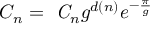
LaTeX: C _ { n } = \mathrm { \it ~ C } _ { n } g ^ { d ( n ) } e ^ { - { \frac { \pi } { g } } }